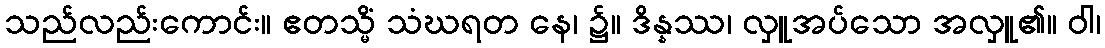
သည်လည်းကောင်း။ ဧတသ္မိံ သံဃရတ နေ၊ ၌။ ဒိန္နဿ၊ လှူအပ်သော အလှူ၏။ ဝါ၊